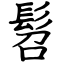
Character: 髫